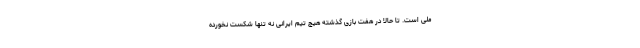
ملی است. تا حالا در هفت بازی گذشته هیچ تیم ایرانی نه تنها شکست نخورده